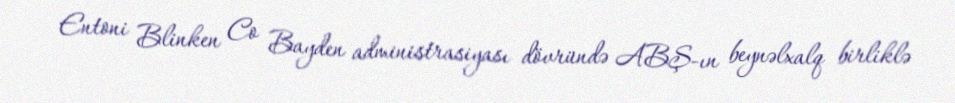
Entoni Blinken Co Bayden administrasiyası dövründə ABŞ-ın beynəlxalq birliklə